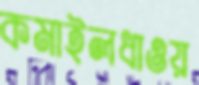
কমাইলধাওয়